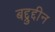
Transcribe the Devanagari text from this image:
बद्द्रुद्दीन